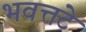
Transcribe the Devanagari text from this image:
भवत्तटे